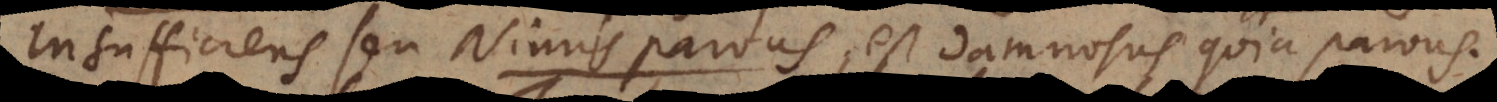
Insufficiens seu Nimis parvus, est damnosus quia parvus.